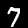
Label: 7